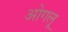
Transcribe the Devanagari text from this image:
ओगलू